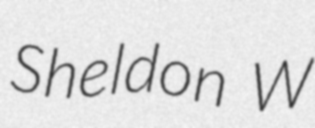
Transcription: Sheldon W